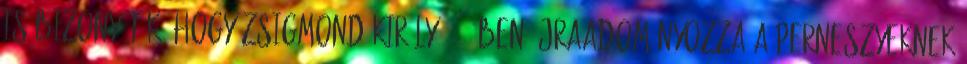
is bizonyíték, hogy Zsigmond király 1417-ben újraadományozza a Perneszyeknek